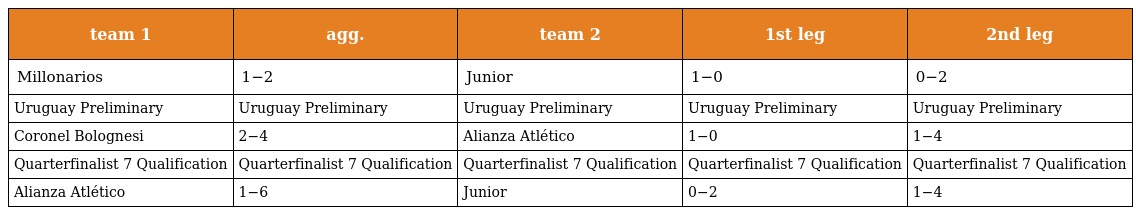
| team 1 | agg. | team 2 | 1st leg | 2nd leg |
 | --- | --- | --- | --- | --- |
 | Millonarios | 1−2 | Junior | 1−0 | 0−2 |
 | Uruguay Preliminary | Uruguay Preliminary | Uruguay Preliminary | Uruguay Preliminary | Uruguay Preliminary |
 | Coronel Bolognesi | 2−4 | Alianza Atlético | 1−0 | 1−4 |
 | Quarterfinalist 7 Qualification | Quarterfinalist 7 Qualification | Quarterfinalist 7 Qualification | Quarterfinalist 7 Qualification | Quarterfinalist 7 Qualification |
 | Alianza Atlético | 1−6 | Junior | 0−2 | 1−4 |